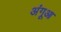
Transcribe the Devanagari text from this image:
अंगूआ